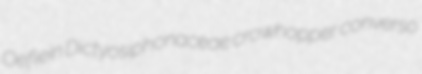
Oeflein Dictyosiphonaceae crowhopper converso